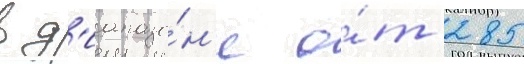
в д'иапазо́н'е о́т 285